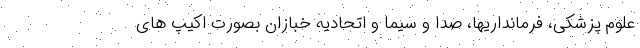
علوم پزشکی، فرمانداریها، صدا و سیما و اتحادیه خبازان بصورت اکیپ های